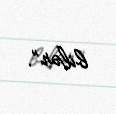
bilər”.